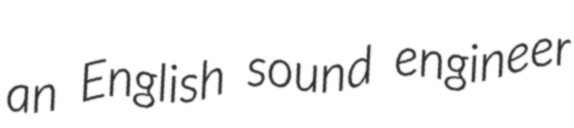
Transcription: an English sound engineer